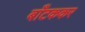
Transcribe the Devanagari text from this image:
बाँटककर